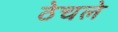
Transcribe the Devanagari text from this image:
ठेचले